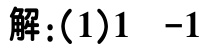
解:(1)$1\ -1$